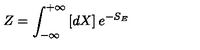
Z = \int _ { - \infty } ^ { + \infty } \left[ d X \right] e ^ { - S _ { E } }